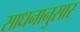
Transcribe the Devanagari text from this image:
साधनानुसार